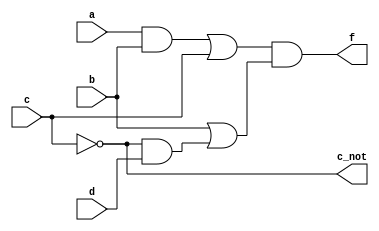
module q2 (input a, b, c, d,
    output c_not, f);

    wire w0, w1, w2, w3;

    not (c_not, c);

    and (w0, a, b), (w1, c_not, d);
    or (w2, w0, c), (w3, b, w1);

    and (f, w2, w3);
endmodule